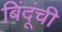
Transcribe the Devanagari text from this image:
बिंदूंची